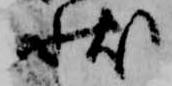
状